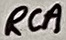
Text: RCA